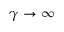
\gamma \to \infty